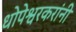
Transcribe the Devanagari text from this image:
धोपेश्वरकरांनी